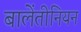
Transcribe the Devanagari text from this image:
बालेंतीनियन